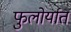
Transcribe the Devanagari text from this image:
फुलोर्यात